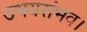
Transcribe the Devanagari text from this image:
उभयसंभव।